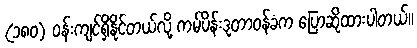
(၁၈၀) ဝန်းကျင်ရှိနိုင်တယ်လို့ ကမ်ပိန်းဒုတာဝန်ခံက ပြောဆိုထားပါတယ်။